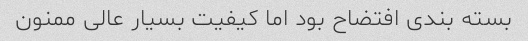
بسته بندی افتضاح بود اما کیفیت بسیار عالی ممنون